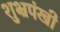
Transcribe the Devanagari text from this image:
शुभ्रपंखी